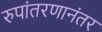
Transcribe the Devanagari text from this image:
रुपांतरणानंतर